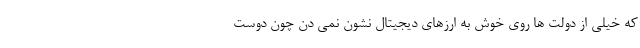
که خیلی از دولت ها روی خوش به ارزهای دیجیتال نشون نمی دن چون دوست